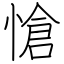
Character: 愴